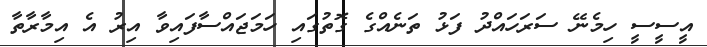
އީސީސީ ހިމެނޭ ސަރަހައްދު ފަޅު ތަނެއްގެ ގޮތުގައި ހަމަޖައްސާފައިވާ އިރު އެ އިމާރާތާ